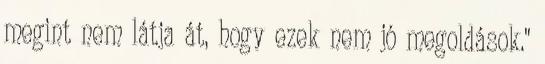
megint nem látja át, hogy ezek nem jó megoldások."